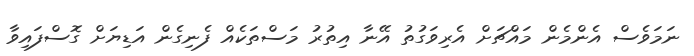
ނަމަވެސް އެންމެން މައްޗަށް އެރިވަގުތު އޭނާ އިތުރު މަސްތަކެއް ފެނިގެން އަޑިޔަށް ގޮސްފައިވާ